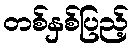
တစ်နှစ်ပြည့်